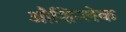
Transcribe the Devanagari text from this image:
औशिन्लेक